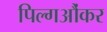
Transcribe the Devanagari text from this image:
पिल्गऔंकर